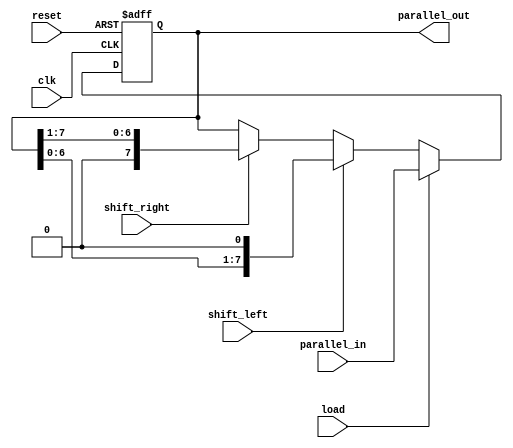
module shift_register (
    input wire clk,                // Clock signal
    input wire reset,              // Reset signal
    input wire shift_left,         // Control signal to shift left
    input wire shift_right,        // Control signal to shift right
    input wire load,               // Control signal to load data
    input wire [7:0] parallel_in,  // Parallel input data (8 bits)
    output reg [7:0] parallel_out   // Parallel output data (8 bits)
);

    reg [7:0] shift_reg;           // Internal shift register

    // Sequential logic for the shift register
    always @(posedge clk or posedge reset) begin
        if (reset) begin
            shift_reg <= 8'b0;      // Clear the register on reset
        end else if (load) begin
            shift_reg <= parallel_in; // Load data in parallel
        end else if (shift_left) begin
            shift_reg <= {shift_reg[6:0], 1'b0}; // Shift left
        end else if (shift_right) begin
            shift_reg <= {1'b0, shift_reg[7:1]}; // Shift right
        end
    end

    // Assign output
    always @* begin
        parallel_out = shift_reg;     // Output the current state of the shift register
    end

endmodule